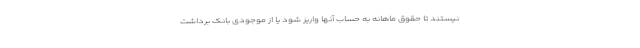
نیستند تا حقوق ماهانه به حساب آنها واریز شود یا از موجودی بانک برداشت